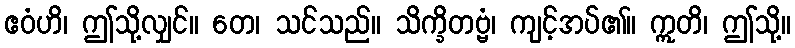
ဧဝံဟိ၊ ဤသို့လျှင်။ တေ၊ သင်သည်။ သိက္ခိတဗ္ဗံ၊ ကျင့်အပ်၏။ ဣတိ၊ ဤသို့။